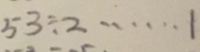
5 3 \div 2 \cdots 1